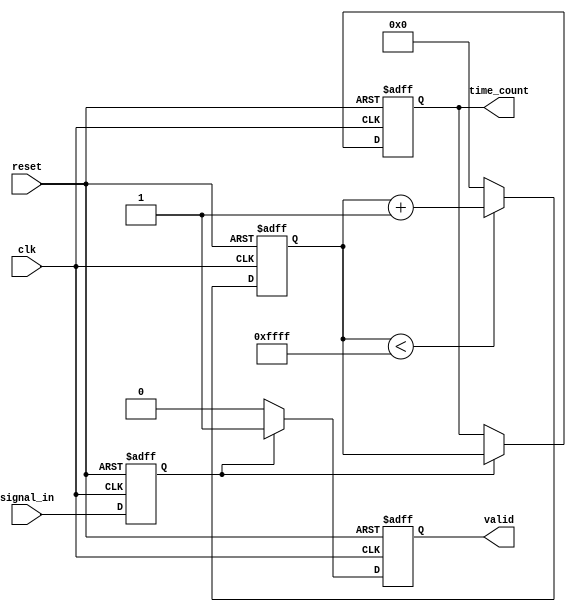
module TDC (
    input wire clk,                // System clock
    input wire reset,              // Reset signal
    input wire signal_in,          // Input signal to measure
    output reg [15:0] time_count,  // Measured time interval output
    output reg valid               // Valid output signal
);

    // Parameters
    parameter DELAY_LINE_SIZE = 16; // Number of taps in the delay line
    parameter MAX_COUNT = 65535;     // Maximum count value for the counter

    // Internal signals
    reg [DELAY_LINE_SIZE-1:0] delay_line; // Delay line taps
    reg [15:0] counter;                   // Time counter
    reg signal_edge;                      // Edge detected signal
    reg [DELAY_LINE_SIZE-1:0] taps;       // Taps for time measurement

    // Input Stage: Edge Detection
    always @(posedge clk or posedge reset) begin
        if (reset) begin
            signal_edge <= 0;
        end else begin
            signal_edge <= signal_in; // Capture the input signal
        end
    end

    // Time Measurement Core: Delay Line
    always @(posedge clk) begin
        delay_line <= {delay_line[DELAY_LINE_SIZE-2:0], signal_edge}; // Shift in the signal
    end

    // Time Counter
    always @(posedge clk or posedge reset) begin
        if (reset) begin
            counter <= 0;
            time_count <= 0;
            valid <= 0;
        end else begin
            if (signal_edge) begin
                // Capture the count when the edge is detected
                time_count <= counter;
                valid <= 1; // Indicate valid output
            end else begin
                valid <= 0; // Reset valid output
            end
            
            // Increment counter
            if (counter < MAX_COUNT) begin
                counter <= counter + 1;
            end else begin
                counter <= 0; // Reset counter if max count reached
            end
        end
    end

    // Calibration Logic (Placeholder)
    // This section would include logic to adjust delay elements based on calibration needs.

endmodule